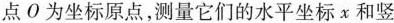
点О为坐标原点，测量它们的水平坐标x和竖